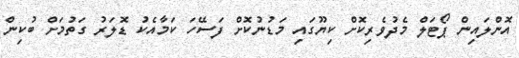
އޮންލައިން ޕޯޓަލް މެދުވެރިކޮށް ކިޔޫގައި މަޑުނުކޮށް ފަސޭހަ ކަމާއެކު ޑޮލަރު ގަތުމަށް ބުކިން